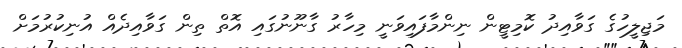
މަޖިލީހުގެ ގަވާއިދު ކޮމިޓީން ނިންމާފައިވަނީ މިހާރު ގާނޫނުގައި އޮތް ތިން ގަވާއިދެއް އުނިކުރުމަށް